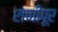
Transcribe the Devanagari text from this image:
राणीपूर